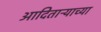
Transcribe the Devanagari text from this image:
आदिताऱ्याच्या